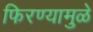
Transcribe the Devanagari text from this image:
फिरण्यामुळे